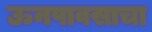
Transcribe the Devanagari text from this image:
ऊनपावसाचा